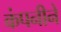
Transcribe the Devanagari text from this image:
कंपनीने